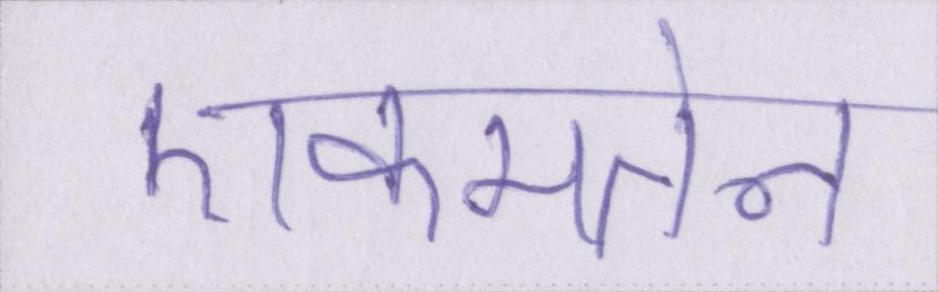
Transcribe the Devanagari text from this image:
एकमतेन